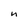
Character: n